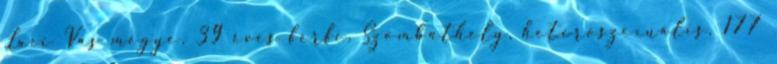
Laci Vas megye, 39 éves férfi, Szombathely, heteroszexuális, 177